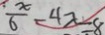
\frac { x } { 6 } - 4 x = 8